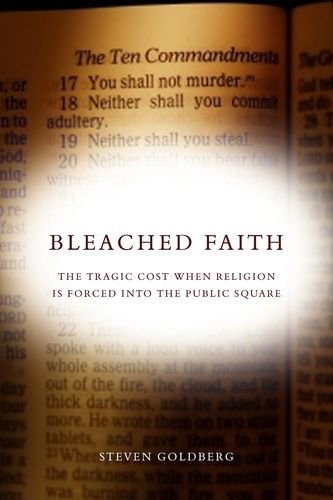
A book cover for Bleached Faith: The Tragic Cost When Religion Is Forced into the Public Square (Stanford Law Books); Steven Goldberg; Religion & Spirituality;